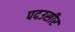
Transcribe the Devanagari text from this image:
पदउसीर